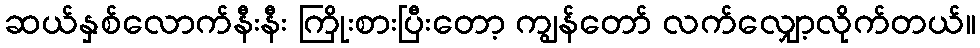
ဆယ်နှစ်လောက်နီးနီး ကြိုးစားပြီးတော့ ကျွန်တော် လက်လျှော့လိုက်တယ်။